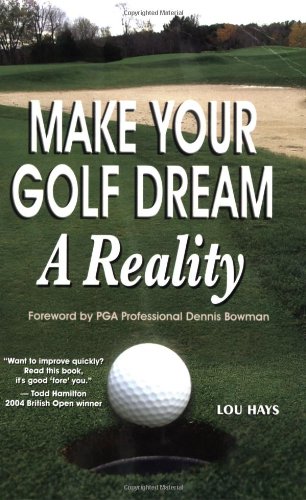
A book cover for Make Your Golf Dream A Reality; Lou Hays; Sports & Outdoors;